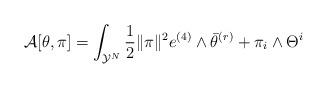
LaTeX: \begin{align*} \mathcal{A}[\theta,\pi] = \int_{\mathcal{Y}^N}\frac{1}{2}\|\pi\|^2e^{(4)}\wedge \bar{\theta}^{(r)} + \pi_i\wedge \Theta^i\end{align*}